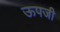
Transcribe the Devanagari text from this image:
ऊपजी